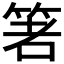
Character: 𥭻